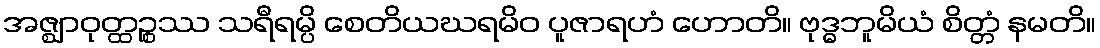
အဇ္ဈာဝုတ္ထဉ္စဿ သရီရမ္ပိ စေတိယဃရမိဝ ပူဇာရဟံ ဟောတိ။ ဗုဒ္ဓဘူမိယံ စိတ္တံ နမတိ။